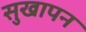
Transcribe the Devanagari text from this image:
सुखापन